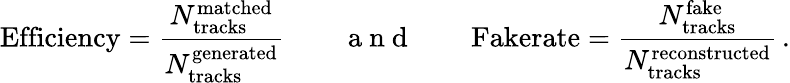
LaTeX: \textrm{Efficiency}=\frac{N_{\mathrm{tracks}}^{\mathrm{matched}}}{N_{\mathrm{tracks}}^{\mathrm{generated}}}\qquad\mathrm{~a~n~d~}\qquad\textrm{Fakerate}=\frac{N_{\mathrm{tracks}}^{\mathrm{fake}}}{N_{\mathrm{tracks}}^{\mathrm{reconstructed}}}\, .